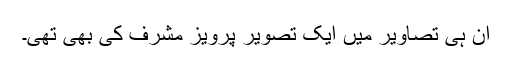
ان ہی تصاویر میں ایک تصویر پرویز مشرف کی بھی تھی۔